Report on sanitation, dispensaries, and jails in Rajputana for 1916, and on vaccination for the year 1916-1917 - 1916-1917
Year: 1916
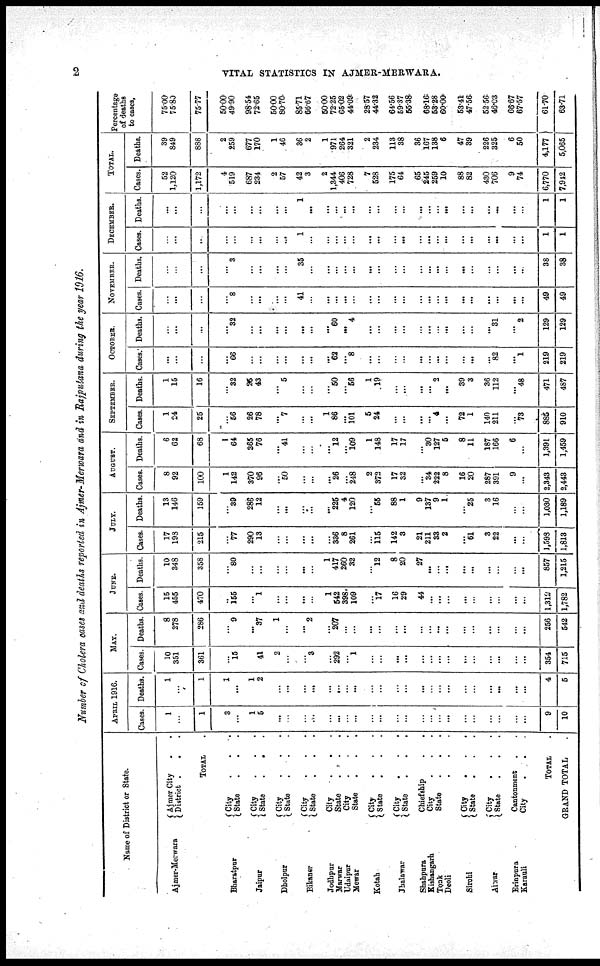
2
VITAL STATISTICS IN AJMER-MERWARA.
Number of Cholera cases and deaths reported in Ajmer-Merwara and in Rajputana during the year 1916.
Name of District or State.
Ajmer-Merwara
Bharatpur
Jaipur
Dholpur
Bikaner
Jodhpur
Marwar
Udaipur
Mewar
Kotah
Jhalawar
Shahpura
Kishangarh
Tonk
Deoli
Sirohi
Alwar
Erinpura
Karauli
Ajmer City . . .
District . . .
TOTAL .
City . . .
State . . .
City . . .
State . . .
City . . .
State . . .
City . . .
State . . .
City . . .
State . . .
City . . .
State . . .
City . . .
State . . .
City . . .
State . . .
Chiefship . . .
City . . .
State . . .
. . .
City . . .
State . . .
City . . .
State . . .
Cantonment . .
City . . .
TOTAL .
GRAND TOTAL .
APRIL 1916.
Cases.
1
...
1
3
...
1
5
...
...
...
...
...
...
...
...
...
...
...
...
...
...
...
...
...
...
...
...
...
...
9
10
Deaths.
1
...
1
1
...
1
2
...
...
...
...
...
...
...
...
...
...
...
...
...
...
...
...
...
...
...
...
...
...
4
5
MAY.
Cases.
10
351
361
...
15
...
41
2
...
...
3
...
292
...
1
...
...
...
...
...
...
...
...
...
...
...
...
...
...
354
715
Deaths.
8
278
286
...
9
...
37
1
...
...
2
...
207
...
...
...
...
...
...
...
...
...
...
...
...
...
...
...
...
256
542
JUNE.
Cases.
15
455
470
...
155
...
1
...
...
...
...
1
542
398
109
...
17
16
29
44
...
...
...
...
...
...
...
...
...
1,319
1,782
Deaths.
10
348
358
...
80
...
...
...
...
...
...
1
417
260
32
...
12
8
20
27
...
...
...
...
...
...
...
...
...
857
1,215
JULY.
Cases.
17
193
215
...
77
290
13
...
...
...
...
...
336
8
261
...
115
142
3
21
211
33
2
...
61
3
22
...
...
1,598
1,813
Deaths.
13
146
159
...
39
286
12
...
...
...
...
...
225
4
120
...
55
88
1
9
137
9
1
...
25
3
16
...
...
1,030
1,189
AUGUST.
Cases.
8
92
100
1
142
370
96
...
50
...
...
...
26
...
248
2
372
17
32
...
34
222
8
16
20
287
391
9
...
2,343
2,443
Deaths.
6
62
68
1
64
365
76
...
41
...
...
...
12
...
109
1
148
17
17
...
30
127
5
8
11
187
166
6
...
1,391
1,459
SEPTEMBER.
Cases.
1
24
25
...
56
26
78
...
7
...
...
1
86
...
101
5
24
...
...
...
...
4
...
72
1
140
211
...
73
885
910
Deaths.
1
15
16
...
32
25
43
...
5
...
...
...
50
...
56
1
19
...
...
...
...
2
...
39
3
36
112
...
48
471
487
OCTOBER.
Cases.
...
...
...
...
66
...
...
...
...
...
...
...
62
...
8
...
...
...
...
...
...
...
...
...
...
...
82
...
1
219
219
Deaths.
...
...
...
...
32
...
...
...
...
...
...
...
60
...
4
...
...
...
...
...
...
...
...
...
...
...
31
...
2
129
129
NOVEMBER.
Cases.
...
...
...
...
8
...
...
...
...
41
...
...
...
...
...
...
...
...
...
...
...
...
...
...
...
...
...
...
...
49
49
Deaths.
...
...
...
...
3
...
...
...
...
35
...
...
...
...
...
...
...
...
...
...
...
...
...
...
...
...
...
...
...
38
38
DECEMBER.
Cases.
...
...
...
...
...
...
...
...
...
1
...
...
...
...
...
...
...
...
...
...
...
...
...
...
...
...
...
...
...
1
1
Deaths.
...
...
...
...
...
...
...
...
...
1
...
...
...
...
...
...
...
...
...
...
...
...
...
...
...
...
...
...
...
1
1
TOTAL.
Cases.
52
1,120
1,172
4
519
687
234
2
57
42
3
2
1,344
406
728
7
528
175
64
65
245
259
10
88
82
430
706
9
74
6,770
7,942
Deaths.
39
849
888
2
259
677
170
1
46
36
2
1
971
264
321
2
234
113
38
36
167
138
6
47
39
226
325
6
50
4,177
5,065
Percentage
of deaths
to cases.
75.00
75.80
75.77
50.00
49.90
98.54
72.65
50.00
80.70
85.71
66.67
50.00
72.25
65.02
44.09
28.57
44.32
64.56
59.37
55.38
68.16
58.28
60.00
53.41
47.56
52.56
46.03
66.67
67.57
61.70
63.71